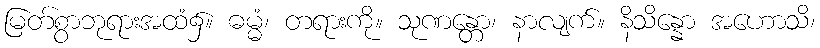
မြတ်စွာဘုရားအထံ၌။ ဓမ္မံ၊ တရားကို။ သုဏန္တော၊ နာလျက်။ နိသိန္နော အဟောသိ၊